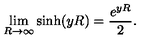
\lim _ { R \to \infty } \sinh ( y R ) = \frac { e ^ { y R } } { 2 } { . }